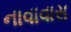
નાવાવાસ